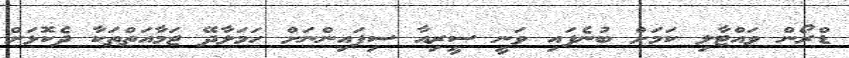
ޑްރޯން ވައްޓާލި ކަމަށް ބުނެފައި ވަނީ ސީރިއާ ސިފައިންނަށް ހަމަލާދޭ ޖަމާއަތްތަކާ ދެކޮޅަށް